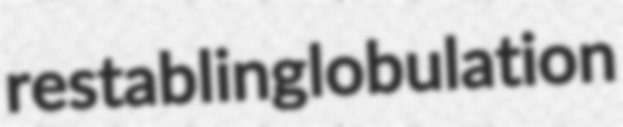
restabling lobulation